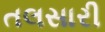
તલસારી